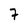
Character: 7